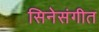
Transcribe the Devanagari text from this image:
सिनेसंगीत